Indian journal of veterinary science and animal husbandry - Volume 12,
Year: 1942
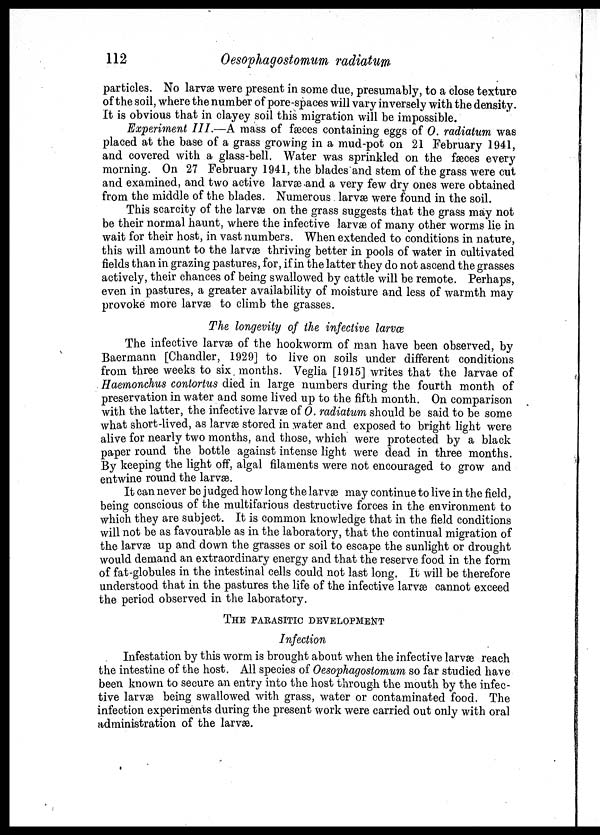
112
Oesophagostomum radiatum
particles. No larvæ were present in some due, presumably, to a close texture
of the soil, where the number of pore-spaces will vary inversely with the density
It is obvious that in clayey soil this migration will be impossible.
Experiment III.—A mass of fæces containing eggs of O. radiatum was
placed at the base of a grass growing in a mud-pot on 21 February 1941,
and covered with a glass-bell. Water was sprinkled on the fæces every
morning. On 27 February 1941, the blades and stem of the grass were cut
and examined, and two active larvæ and a very few dry ones were obtained
from the middle of the blades. Numerous larvæ were found in the soil.
This scarcity of the larvæ on the grass suggests that the grass may not
be their normal haunt, where the infective larvæ of many other worms lie in
wait for their host, in vast numbers. When extended to conditions in nature,
this will amount to the larvæ thriving better in pools of water in cultivated
fields than in grazing pastures, for, if in the latter they do not ascend the grasses
actively, their chances of being swallowed by cattle will be remote. Perhaps,
even in pastures, a greater availability of moisture and less of warmth may
provoke more larvæ to climb the grasses.
The longevity of the infective larvæ,
The infective larvæ of the hookworm of man have been observed, by
Baermann [Chandler, 1929] to live on soils under different conditions
from three weeks to six months. Veglia [1915] writes that the larvæ of
Hæmonchus contortus died in large numbers during the fourth month of
preservation in water and some lived up to the fifth month. On comparison
with the latter, the infective larvæ of O. radiatum should be said to be some
what short-lived, as larvæ stored in water and exposed to bright light were
alive for nearly two months, and those, which were protected by a black
paper round the bottle against intense light were dead in three months.
By keeping the light off, algal filaments were not encouraged to grow and
entwine round the larvæ.
It can never be judged how long the larvæ may continue to live in the field,
being conscious of the multifarious destructive forces in the environment to
which they are subject. It is common knowledge that in the field conditions
will not be as favourable as in the laboratory, that the continual migration of
the larvæ up and down the grasses or soil to escape the sunlight or drought
would demand an extraordinary energy and that the reserve food in the form
of fat-globules in the intestinal cells could not last long. It will be therefore
understood that in the pastures the life of the infective larvæ cannot exceed
the period observed in the laboratory.
THE PARASITIC DEVELOPMENT
Infection
Infestation by this worm is brought about when the infective larvæ reach
the intestine of the host. All species of Oesophagostomum so far studied have
been known to secure an entry into the host through the mouth by the infec-
tive larvæ being swallowed with grass, water or contaminated food. The
infection experiments during the present work were carried out only with oral
administration of the larvæ.